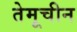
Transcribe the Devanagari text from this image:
तेमूचीन